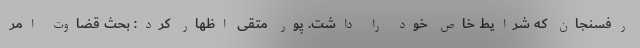
رفسنجان که شرایط خاص خود را داشت. پور متقی اظهار کرد: بحث قضاوت امر